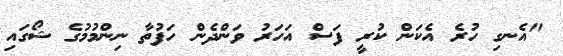
"އެނގި ހުރެ އެކަން ކުރީ ފަސް އަހަރު ވަންދެން ހަފުތާ ނިންމުމުގެ ޝޯގައި